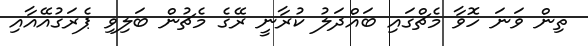
ތިން ވަނަ ހޮވާ މެޗްގައި ބައްދަލު ކުރާނީ ރޭގެ މެޗުން ބަލިވި ޕެރަގުއޭއާއި